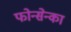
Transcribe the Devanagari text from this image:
फोन्सेन्का